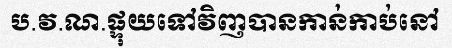
ប.វ.ណ.ផ្ទុយទៅវិញបានកាន់កាប់នៅ